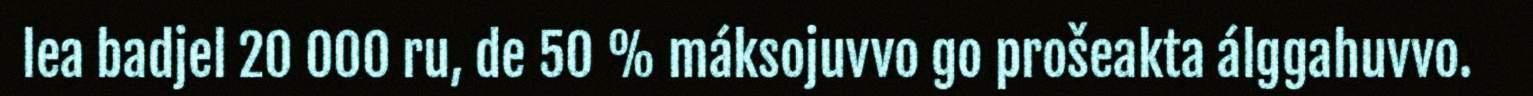
lea badjel 20 000 ru, de 50 % máksojuvvo go prošeakta álggahuvvo.